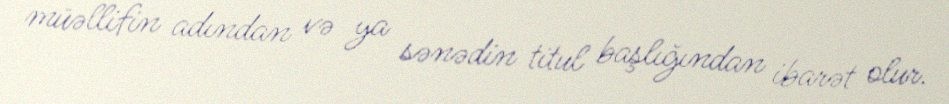
müəllifin adından və ya sənədin titul başlığından ibarət olur.